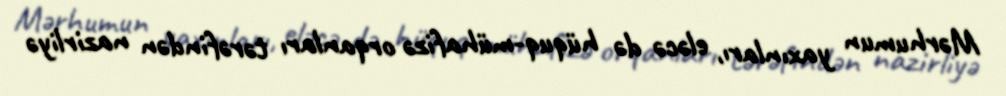
Mərhumun yaxınları, eləcə də hüquq-mühafizə orqanları tərəfindən nazirliyə